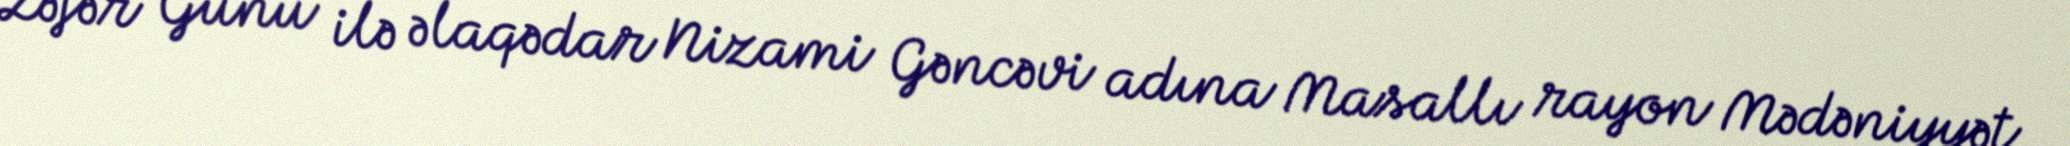
Zəfər Günü ilə əlaqədar Nizami Gəncəvi adına Masallı rayon Mədəniyyət